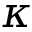
\kappa